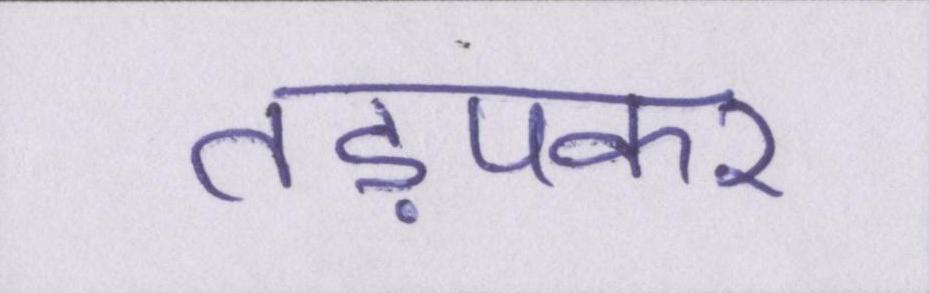
तड़पकर